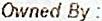
OWNED BY :